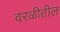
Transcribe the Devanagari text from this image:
वरळीतील